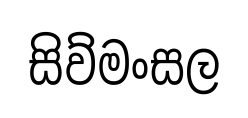
සිව්මංසල